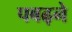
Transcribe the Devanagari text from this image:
पबढ़ने